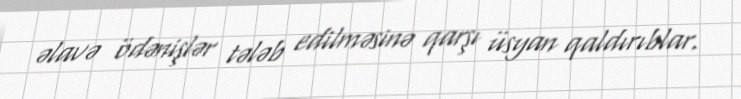
əlavə ödənişlər tələb edilməsinə qarşı üsyan qaldırıblar.